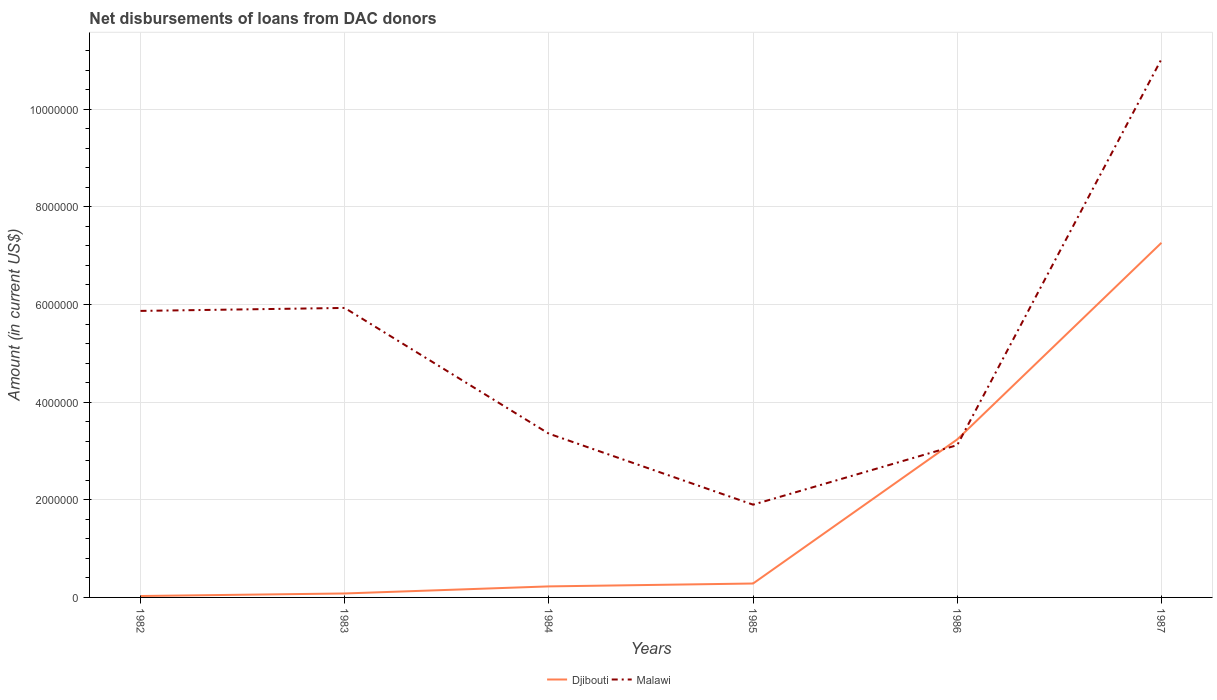
| Years | Djibouti | Malawi |
 | --- | --- | --- |
 | 1982 | 2.9e+04 | 5.87e+06 |
 | 1983 | 8.1e+04 | 5.93e+06 |
 | 1984 | 2.26e+05 | 3.35e+06 |
 | 1985 | 2.85e+05 | 1.9e+06 |
 | 1986 | 3.24e+06 | 3.12e+06 |
 | 1987 | 7.26e+06 | 1.1e+07 |